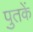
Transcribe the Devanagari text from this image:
पुतकें